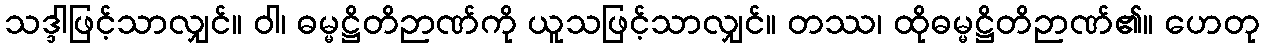
သဒ္ဒါဖြင့်သာလျှင်။ ဝါ၊ ဓမ္မဋ္ဌိတိဉာဏ်ကို ယူသဖြင့်သာလျှင်။ တဿ၊ ထိုဓမ္မဋ္ဌိတိဉာဏ်၏။ ဟေတု